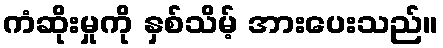
ကံဆိုးမှုကို နှစ်သိမ့် အားပေးသည်။